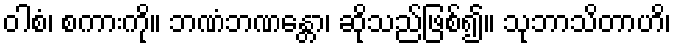
ဝါစံ၊ စကားကို။ ဘဏံဘဏန္တော၊ ဆိုသည်ဖြစ်၍။ သုဘာသိတာဟိ၊